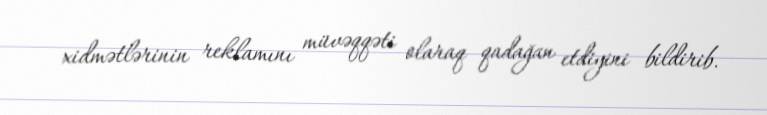
xidmətlərinin reklamını müvəqqəti olaraq qadağan etdiyini bildirib.